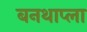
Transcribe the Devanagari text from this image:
बनथाप्ला